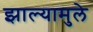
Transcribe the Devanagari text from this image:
झाल्यामुले